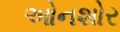
ઓનશોર